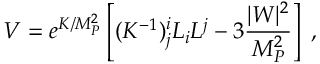
V = e ^ { K / M _ { P } ^ { 2 } } \left[ ( K ^ { - 1 } ) _ { j } ^ { i } L _ { i } L ^ { j } - 3 \frac { | W | ^ { 2 } } { M _ { P } ^ { 2 } } \right] \; ,